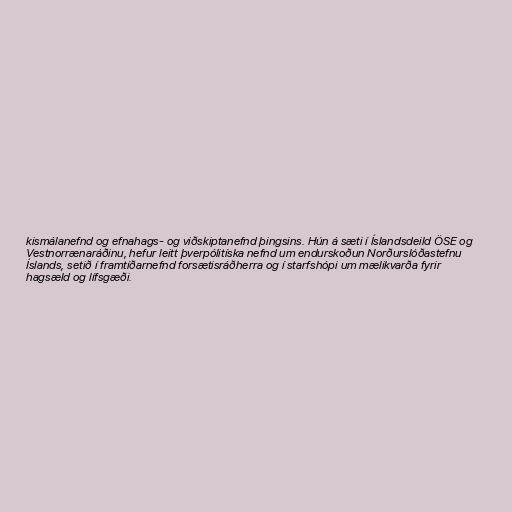
kismálanefnd og efnahags- og viðskiptanefnd þingsins. Hún á sæti í Íslandsdeild ÖSE og
Vestnorrænaráðinu, hefur leitt þverpólitíska nefnd um endurskoðun Norðurslóðastefnu
Íslands, setið í framtíðarnefnd forsætisráðherra og í starfshópi um mælikvarða fyrir
hagsæld og lífsgæði.